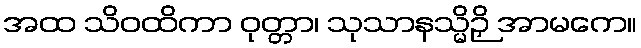
အထ သိဝထိကာ ဝုတ္တာ၊ သုသာနသ္မိဉှိ အာမကေ။